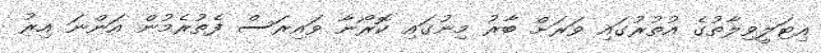
އިޓަލީވިލާތުގެ އުތުރުގައި ވަރަށް ބާރު މިނުގައި ކޮރޯނާ ވައިރަސް ފެތުރެމުން އަންނަ އިރު